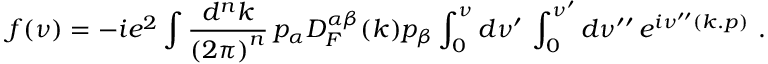
f ( \nu ) = - i e ^ { 2 } \int \frac { d ^ { n } k } { { ( 2 \pi ) } ^ { n } } \, p _ { \alpha } D _ { F } ^ { \alpha \beta } ( k ) p _ { \beta } \int _ { 0 } ^ { \nu } d \nu ^ { \prime } \, \int _ { 0 } ^ { \nu ^ { \prime } } d \nu ^ { \prime \prime } \, e ^ { i \nu ^ { \prime \prime } ( k . p ) } \, \, .